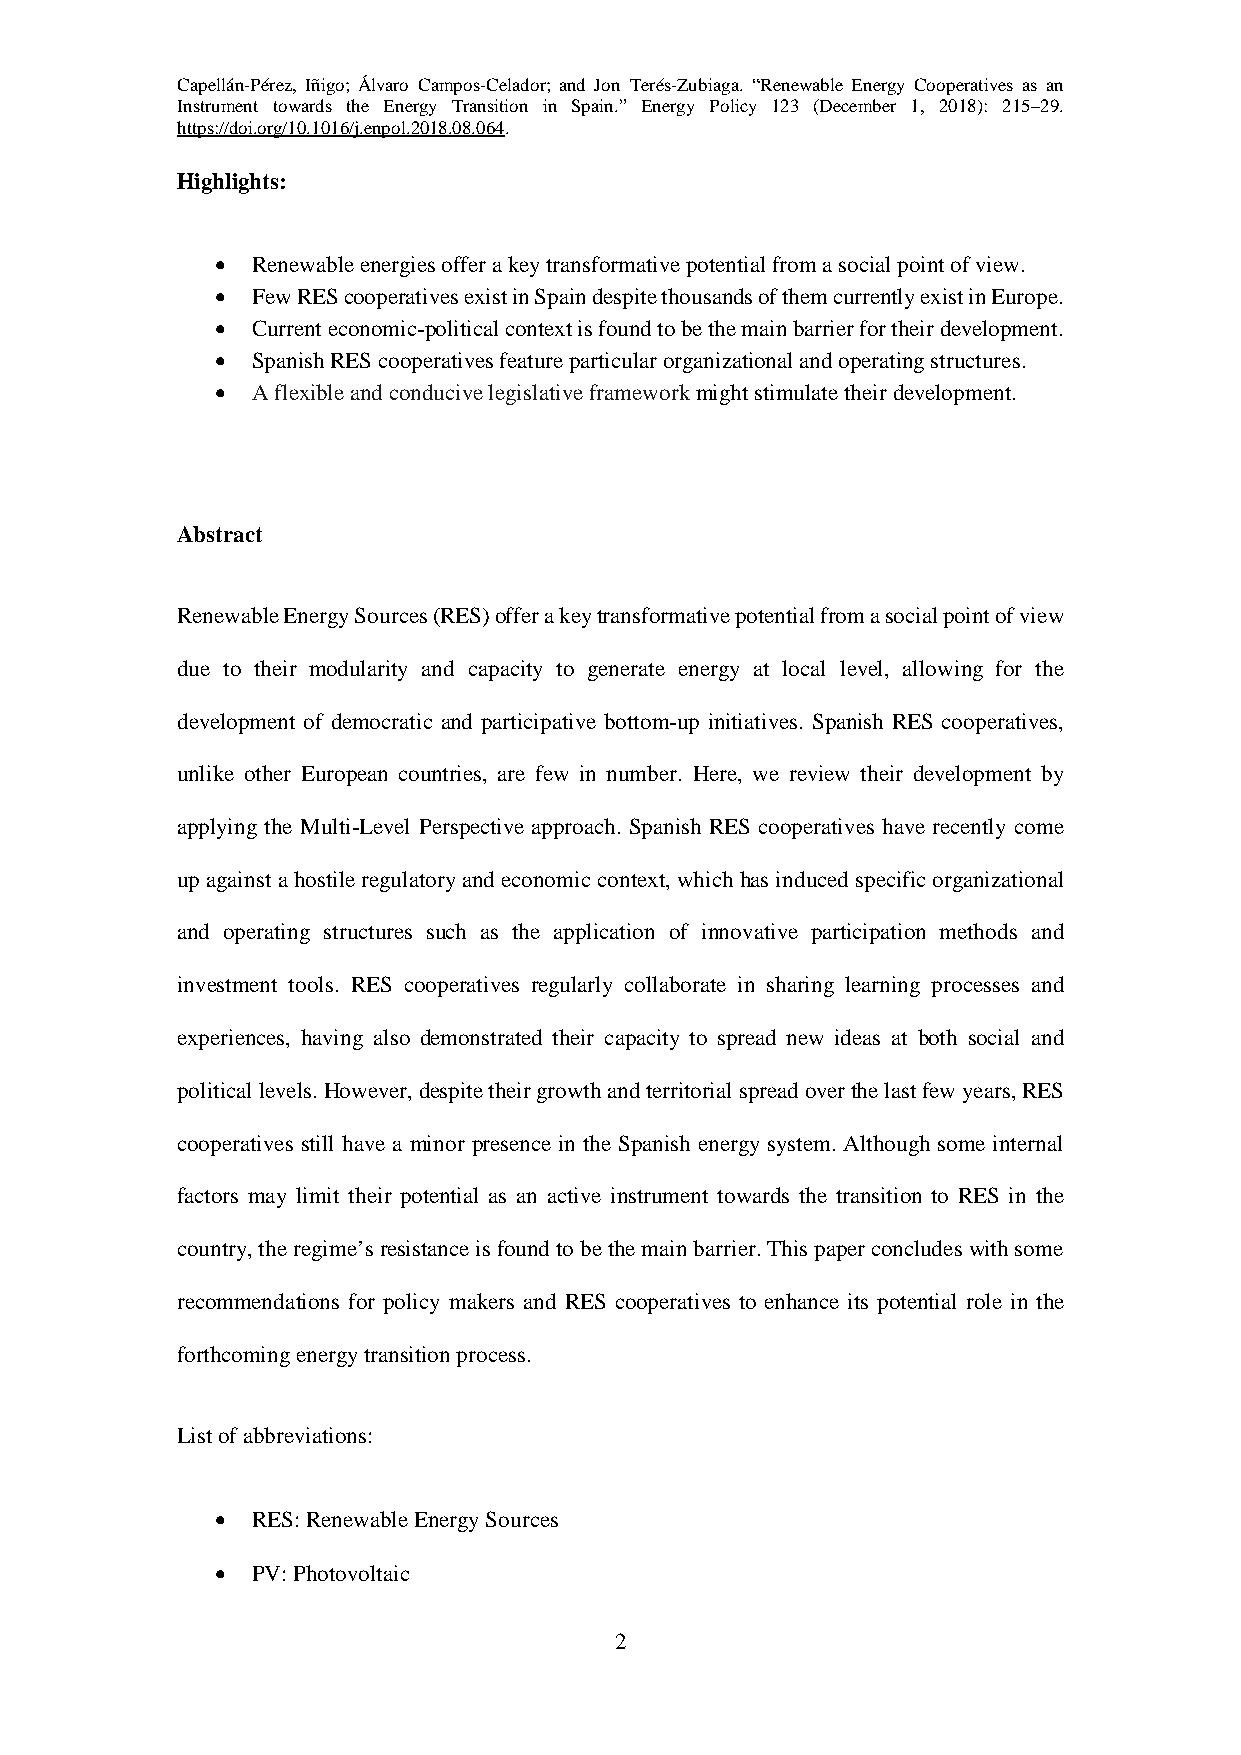
Capellán-Pérez, Iñigo; Álvaro Campos-Celador; and Jon Terés-Zubiaga. “Renewable Energy Cooperatives as an
 Instrument towards the Energy Transition in Spain.” Energy Policy 123 (December 1, 2018): 215–29.
 https://doi.org/10.1016/j.enpol.2018.08.064.
 Highlights:
 •  Renewable energies offer a key transformative potential from a social point of view.
 •  Few RES cooperatives exist in Spain despite thousands of them currently exist in Europe.
 •  Current economic-political context is found to be the main barrier for their development.
 •  Spanish RES cooperatives feature particular organizational and operating structures.
 •  A flexible and conducive legislative framework might stimulate their development.
 Abstract
 Renewable Energy Sources (RES) offer a key transformative potential from a social point of view
 due to their modularity and capacity to generate energy at local level, allowing for the
 development of democratic and participative bottom-up initiatives. Spanish RES cooperatives,
 unlike other European countries, are few in number. Here, we review their development by
 applying the Multi-Level Perspective approach. Spanish RES cooperatives have recently come
 up against a hostile regulatory and economic context, which has induced specific organizational
 and operating structures such as the application of innovative participation methods and
 investment tools. RES cooperatives regularly collaborate in sharing learning processes and
 experiences, having also demonstrated their capacity to spread new ideas at both social and
 political levels. However, despite their growth and territorial spread over the last few years, RES
 cooperatives still have a minor presence in the Spanish energy system. Although some internal
 factors may limit their potential as an active instrument towards the transition to RES in the
 country, the regime’s resistance is found to be the main barrier. This paper concludes with some
 recommendations for policy makers and RES cooperatives to enhance its potential role in the
 forthcoming energy transition process.
 List of abbreviations:
 •  RES: Renewable Energy Sources
 •  PV: Photovoltaic
 2